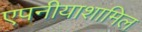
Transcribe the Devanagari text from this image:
एपनीयाशामिल